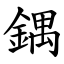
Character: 鍝